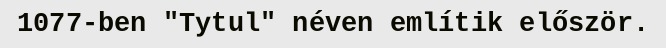
1077-ben "Tytul" néven említik először.